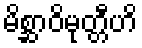
မိစ္ဆာဝိမုတ္တီဟိ